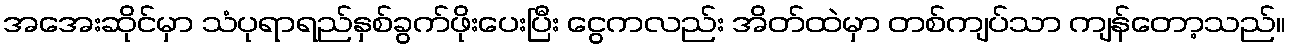
အအေးဆိုင်မှာ သံပုရာရည်နှစ်ခွက်ဖိုးပေးပြီး ငွေကလည်း အိတ်ထဲမှာ တစ်ကျပ်သာ ကျန်တော့သည်။